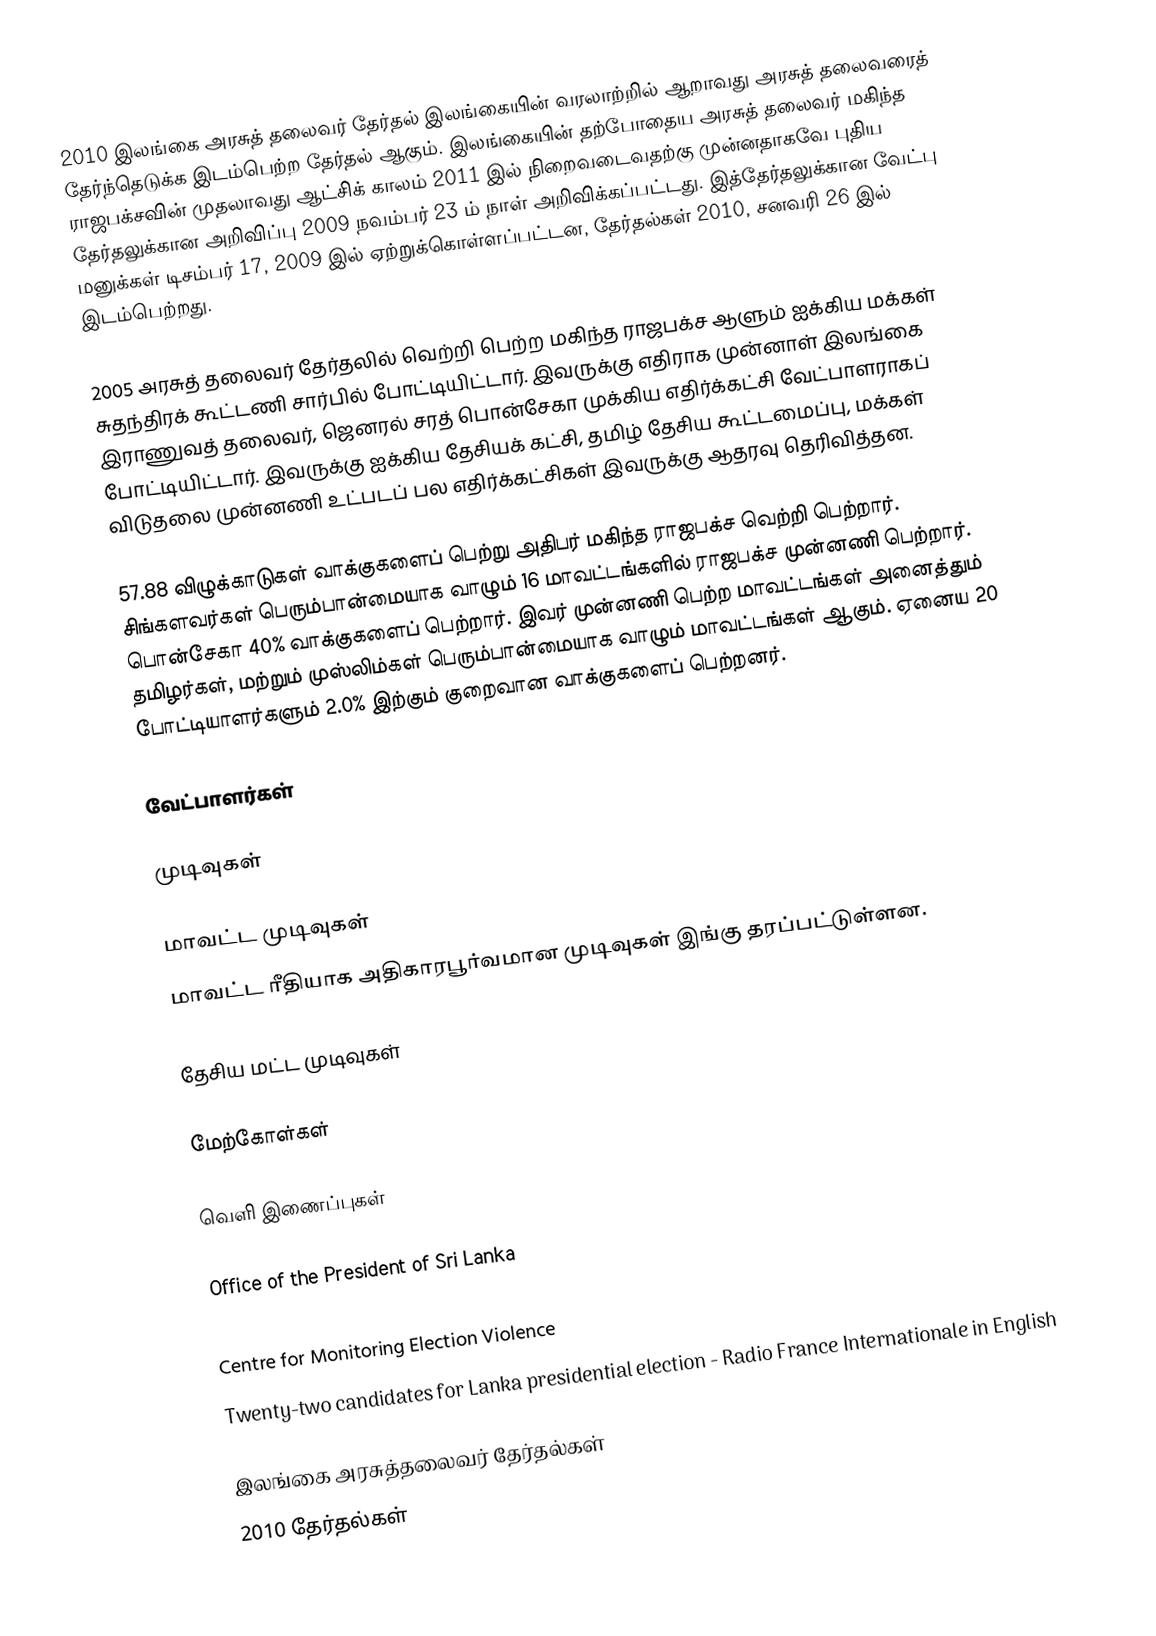
2010 இலங்கை அரசுத் தலைவர் தேர்தல் இலங்கையின் வரலாற்றில் ஆறாவது அரசுத் தலைவரைத் தேர்ந்தெடுக்க இடம்பெற்ற தேர்தல் ஆகும். இலங்கையின் தற்போதைய அரசுத் தலைவர் மகிந்த ராஜபக்சவின் முதலாவது ஆட்சிக் காலம் 2011 இல் நிறைவடைவதற்கு முன்னதாகவே புதிய தேர்தலுக்கான அறிவிப்பு 2009 நவம்பர் 23 ம் நாள் அறிவிக்கப்பட்டது. இத்தேர்தலுக்கான வேட்பு மனுக்கள் டிசம்பர் 17, 2009 இல் ஏற்றுக்கொள்ளப்பட்டன, தேர்தல்கள் 2010, சனவரி 26 இல் இடம்பெற்றது.

2005 அரசுத் தலைவர் தேர்தலில் வெற்றி பெற்ற மகிந்த ராஜபக்ச ஆளும் ஐக்கிய மக்கள் சுதந்திரக் கூட்டணி சார்பில் போட்டியிட்டார். இவருக்கு எதிராக முன்னாள் இலங்கை இராணுவத் தலைவர், ஜெனரல் சரத் பொன்சேகா முக்கிய எதிர்க்கட்சி வேட்பாளராகப் போட்டியிட்டார். இவருக்கு ஐக்கிய தேசியக் கட்சி, தமிழ் தேசிய கூட்டமைப்பு, மக்கள் விடுதலை முன்னணி உட்படப் பல எதிர்க்கட்சிகள் இவருக்கு ஆதரவு தெரிவித்தன.

57.88 விழுக்காடுகள் வாக்குகளைப் பெற்று அதிபர் மகிந்த ராஜபக்ச வெற்றி பெற்றார். சிங்களவர்கள் பெரும்பான்மையாக வாழும் 16 மாவட்டங்களில் ராஜபக்ச முன்னணி பெற்றார். பொன்சேகா 40% வாக்குகளைப் பெற்றார். இவர் முன்னணி பெற்ற மாவட்டங்கள் அனைத்தும் தமிழர்கள், மற்றும் முஸ்லிம்கள் பெரும்பான்மையாக வாழும் மாவட்டங்கள் ஆகும். ஏனைய 20 போட்டியாளர்களும் 2.0% இற்கும் குறைவான வாக்குகளைப் பெற்றனர்.

வேட்பாளர்கள்

முடிவுகள்

மாவட்ட முடிவுகள்
மாவட்ட ரீதியாக அதிகாரபூர்வமான முடிவுகள் இங்கு தரப்பட்டுள்ளன.

தேசிய மட்ட முடிவுகள்

மேற்கோள்கள்

வெளி இணைப்புகள்

 Office of the President of Sri Lanka
 Department of Elections
 Centre for Monitoring Election Violence
 Twenty-two candidates for Lanka presidential election - Radio France Internationale in English

இலங்கை அரசுத்தலைவர் தேர்தல்கள்
2010 தேர்தல்கள்